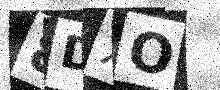
Text: 8DXO